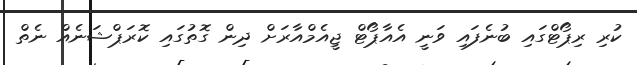
ކުރި ރިޕޯޓްގައި ބުނެފައި ވަނީ އެއާޕޯޓް ޖީއެމްއާރަށް ދިން ގޮތުގައި ކޮރަޕްޝަނެއް ނެތް